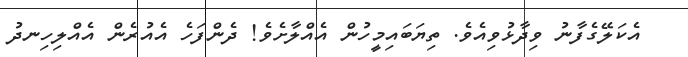
އެކަލޭގެފާނު ވިދާޅުވިއެވެ. ތިޔަބައިމީހުން އެއްލާށެވެ! ދެންފަހެ އެއުރެން އެއްލިހިނދު